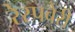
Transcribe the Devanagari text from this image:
रेस्पबेरी